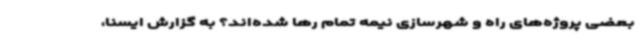
بعضی پروژه‌های راه و شهرسازی نیمه تمام رها شده‌اند؟ به گزارش ایسنا،